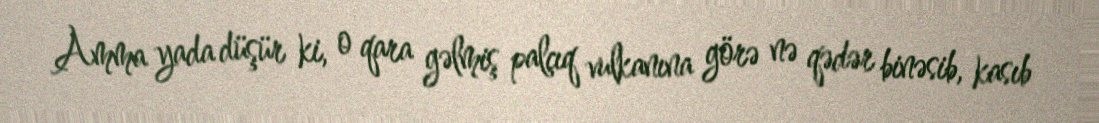
Amma yada düşür ki, o qara gəlmiş palçıq vulkanına görə nə qədər binəsib, kasıb